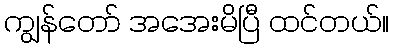
ကျွန်တော် အအေးမိပြီ ထင်တယ်။